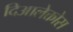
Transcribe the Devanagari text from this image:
दिआलेक्तोस